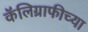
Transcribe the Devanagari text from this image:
कॅलिग्राफीच्या